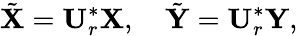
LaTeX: \tilde{\textbf{X}}=\textbf{U}_{r}^{*}\textbf{X},\ \ \ \ \tilde{\textbf{Y}}=\textbf{U}_{r}^{*}\textbf{Y},